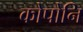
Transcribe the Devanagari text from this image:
कोपोनि